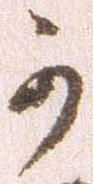
可